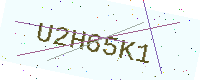
Text: U2H65K1